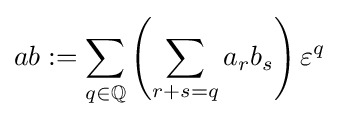
ab:=\sum \limits _{q\in \mathbb {Q} }\left(\sum \limits _{r+s=q}a_{r}b_{s}\right)\varepsilon ^{q}